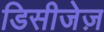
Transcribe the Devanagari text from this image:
डिसीजेज़